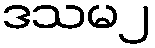
ဒသမ၂